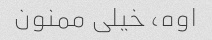
اوه، خیلی ممنون